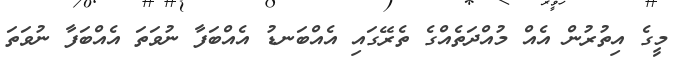
މީގެ އިތުރުން އެއް މުއްދަތެއްގެ ތެރޭގައި އެއްބަނޑު އެއްބަފާ ނުވަތަ އެއްބަފާ ނުވަތަ